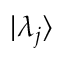
| \lambda _ { j } \rangle